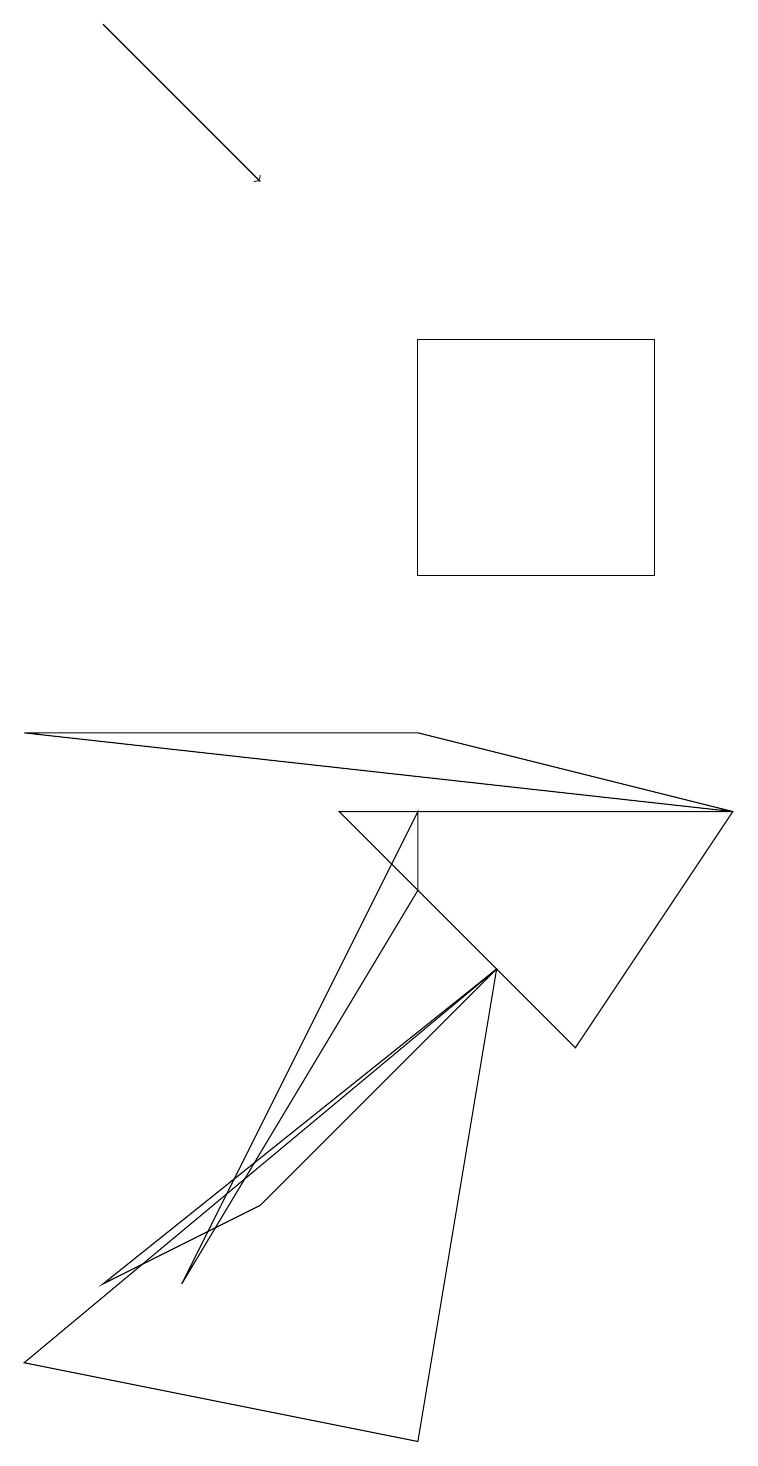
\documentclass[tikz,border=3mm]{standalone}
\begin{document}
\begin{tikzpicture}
\draw[->] (1,18) -- (3,16);
\draw (9,8) -- (4,8) -- (7,5) -- cycle;
\draw (3,3) -- (6,6) -- (1,2) -- cycle;
\draw (5,0) -- (6,6) -- (0,1) -- cycle;
\draw (8,14) rectangle (5,11);
\draw (5,9) -- (0,9) -- (9,8) -- cycle;
\draw (5,8) -- (2,2) -- (5,7) -- cycle;
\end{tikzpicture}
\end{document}